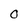
Character: O